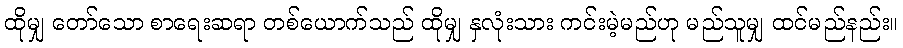
ထိုမျှ တော်သော စာရေးဆရာ တစ်ယောက်သည် ထိုမျှ နှလုံးသား ကင်းမဲ့မည်ဟု မည်သူမျှ ထင်မည်နည်း။